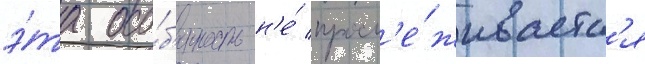
э́та осо́б'енность н'е́ просл'е́живаетс'я